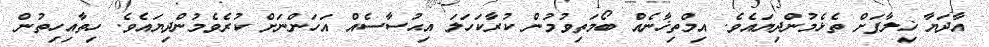
އާދަޔާ ޚިލާފަށް ތެޅެމުންދިޔައެވެ. އިމްތިޚާނެއް ބޯމަތިވުމުން ކުރާކަހަލަ އިޙުސާސެއް އަހަންނަށް ކުރެވެމުންދިޔައެވެ. ހިތާއިހިތުން